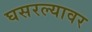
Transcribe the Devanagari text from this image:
घसरल्यावर